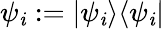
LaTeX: \psi_{\mathit{i}}:=|\psi_{\mathit{i}}\rangle\langle\psi_{\mathit{i}}|